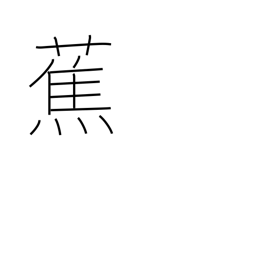
Meaning: plantain